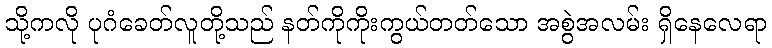
သို့ကလို ပုဂံခေတ်လူတို့သည် နတ်ကိုကိုးကွယ်တတ်သော အစွဲအလမ်း ရှိနေလေရာ